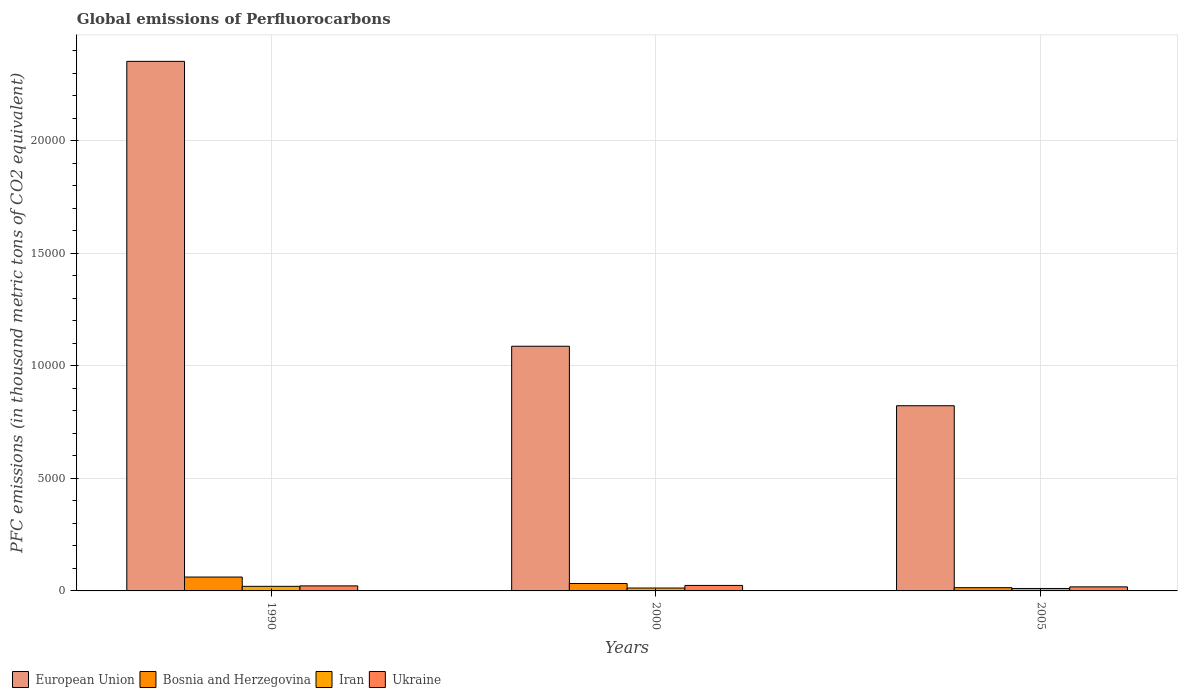
| Years | European Union | Bosnia and Herzegovina | Iran | Ukraine |
 | --- | --- | --- | --- | --- |
 | 1990 | 2.35e+04 | 617 | 204 | 224 |
 | 2000 | 1.09e+04 | 330 | 128 | 244 |
 | 2005 | 8.23e+03 | 144 | 108 | 180 |